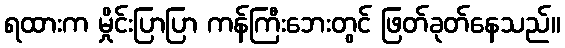
ရထားက မှိုင်းပြာပြာ ကန်ကြီးဘေးတွင် ဖြတ်ခုတ်နေသည်။